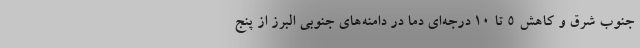
جنوب شرق و کاهش ۵ تا ۱۰ درجه‌ای دما در دامنه‌های جنوبی البرز از پنج